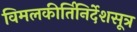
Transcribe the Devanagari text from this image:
विमलकीर्तिनिर्देशसूत्र